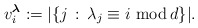
\begin{gather*} v_i^{\boldsymbol{\lambda}}:=|\{j\,:\,\lambda_j\equiv i\,\,\mathrm{mod}\, d\}|.\end{gather*}